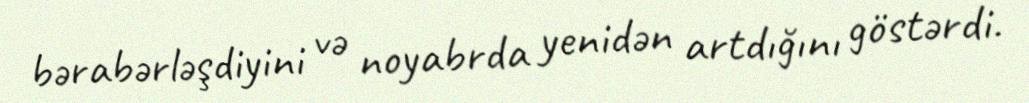
bərabərləşdiyini və noyabrda yenidən artdığını göstərdi.